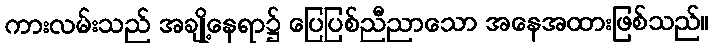
ကားလမ်းသည် အချို့နေရာ၌ ပြေပြစ်ညီညာသော အနေအထားဖြစ်သည်။